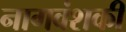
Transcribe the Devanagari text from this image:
नागवंशकी